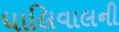
ધાલિવાલની